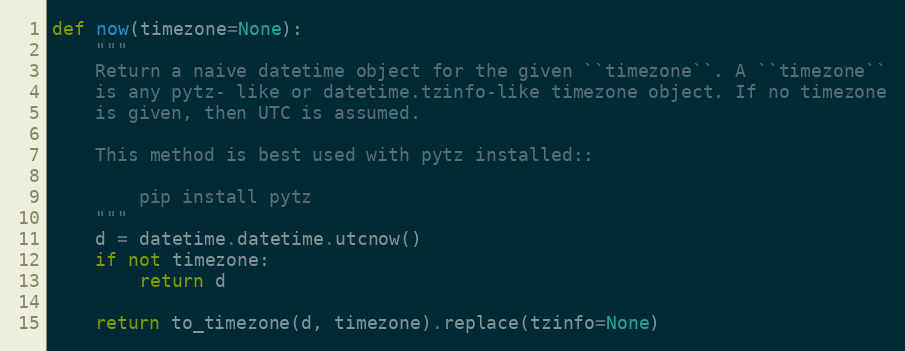
Language: Python
def now(timezone=None):
    """
    Return a naive datetime object for the given ``timezone``. A ``timezone``
    is any pytz- like or datetime.tzinfo-like timezone object. If no timezone
    is given, then UTC is assumed.

    This method is best used with pytz installed::

        pip install pytz
    """
    d = datetime.datetime.utcnow()
    if not timezone:
        return d

    return to_timezone(d, timezone).replace(tzinfo=None)